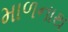
માળનાથ